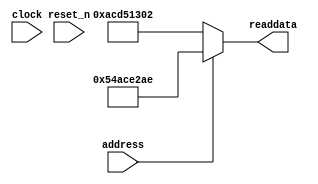
module soc_system_sysid_qsys_9 (
                address,
                clock,
                reset_n,
                readdata
             )
;
  output  [ 31: 0] readdata;
  input            address;
  input            clock;
  input            reset_n;
  wire    [ 31: 0] readdata;
  assign readdata = address ? 1420616366 : 2899645186;
endmodule